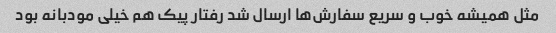
مثل همیشه خوب و سریع سفارش‌ها ارسال شد رفتار پیک هم خیلی مودبانه بود